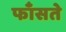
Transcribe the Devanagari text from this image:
फाँसते